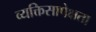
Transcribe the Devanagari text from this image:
व्यक्तिसापेक्षता